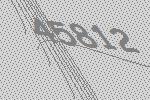
45812